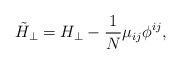
\begin{align*}\tilde{H}_{\perp }=H_{\perp }-\frac{1}{N}\mu _{ij}\phi ^{ij},\end{align*}